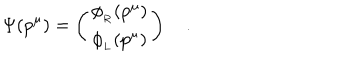
LaTeX: \Psi ( p ^ { \mu } ) = \left( \begin{matrix} { { \phi _ { _ R } ( p ^ { \mu } ) } } \\ { { \phi _ { _ L } ( p ^ { \mu } ) } } \\ \end{matrix} \right) \quad .